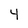
Character: 4